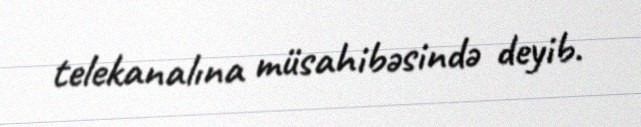
telekanalına müsahibəsində deyib.